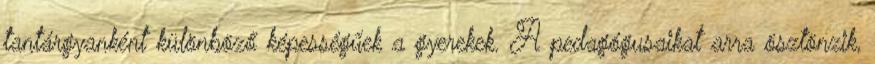
tantárgyanként különböző képességűek a gyerekek. A pedagógusaikat arra ösztönzik,